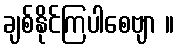
ချစ်နိုင်ကြပါစေဗျာ ။